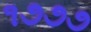
૧૭૭૭